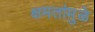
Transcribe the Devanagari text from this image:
क्षमतांमुळे